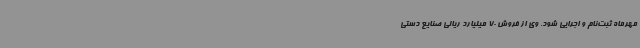
مهرماه ثبت‌نام و اجرایی شود. وی از فروش 70 میلیارد ریالی صنایع دستی